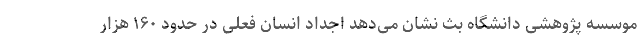
موسسه پژوهشی دانشگاه بث نشان می‌دهد اجداد انسان فعلی در حدود ۱۶۰ هزار